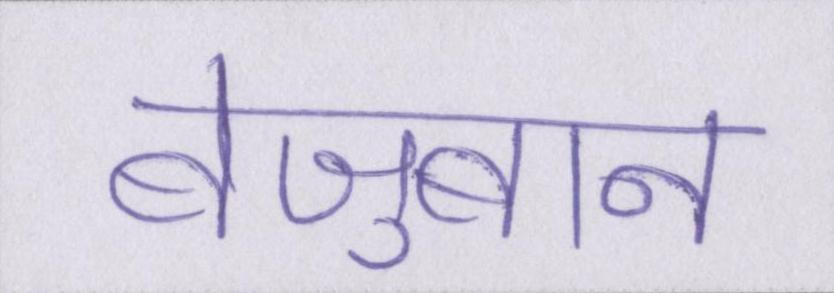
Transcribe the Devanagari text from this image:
बेज़ुबान